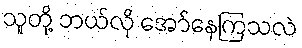
သူတို့ ဘယ်လို အော်နေကြသလဲ